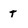
Character: T